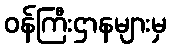
ဝန်ကြီးဌာနများမှ